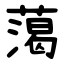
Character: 䔽